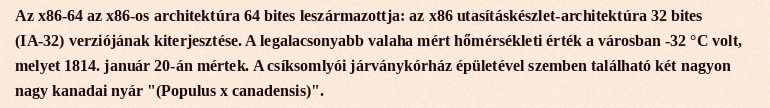
Az x86-64 az x86-os architektúra 64 bites leszármazottja: az x86 utasításkészlet-architektúra 32 bites (IA-32) verziójának kiterjesztése. A legalacsonyabb valaha mért hőmérsékleti érték a városban -32 °C volt, melyet 1814. január 20-án mértek. A csíksomlyói járványkórház épületével szemben található két nagyon nagy kanadai nyár "(Populus x canadensis)".